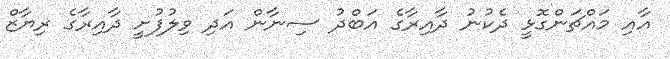
އާއި މައްޗަންގޮޅީ ދެކުނު ދާއިރާގެ އަބްދު ސިނާން އަދި ވިލުފުށީ ދާއިރާގެ ރިޔާޒް